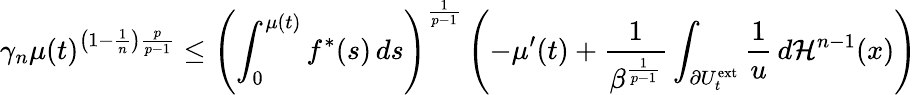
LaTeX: \gamma_{n}\mu(t)^{\left(1-\frac{1}{n}\right)\frac{p}{p-1}}\leq\left(\int_{0}^{\mu(t)}f^{\ast}(s)\, ds\right)^{\frac{1}{p-1}}\left(-\mu^{\prime}(t)+\frac{1}{\beta^{\frac{1}{p-1}}}\int_{\partial U_{t}^{\mathrm{ext}}}\frac{1}{u}\, d\mathcal{H}^{n-1}(x)\right)